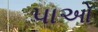
પાઓ